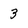
Character: 3